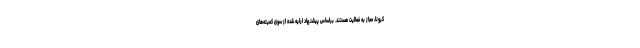
کرونا، مجاز به فعالیت هستند. براساس پیشنهاد ارایه شده از سوی کمیته‌های